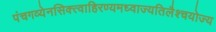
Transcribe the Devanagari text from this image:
पंचगव्येनसिक्त्वाहिरण्यमध्वाज्यतिलैश्चयोज्य